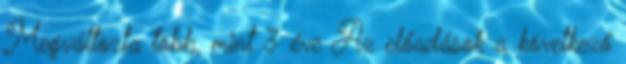
Megváltozta több, mint 3 éve Az előadások a következő